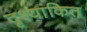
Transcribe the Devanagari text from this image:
दृश्यांकित